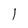
Character: 1